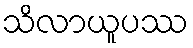
သိလာယူပဿ